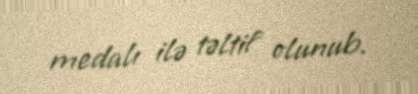
medalı ilə təltif olunub.